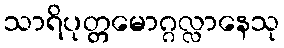
သာရိပုတ္တမောဂ္ဂလ္လာနေသု